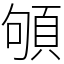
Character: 䪷